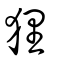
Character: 狸